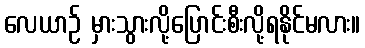
လေယာဉ် မှားသွားလို့ပြောင်းစီးလို့ရနိုင်မလား။